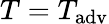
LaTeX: T=T_{\mathrm{adv}}